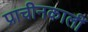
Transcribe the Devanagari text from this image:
प्राचीनकालीं